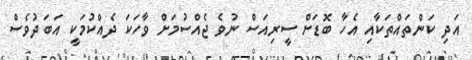
އަދި ކަންތައްތަކާއި އެހާ ބޮޑަށް ސީރިއަސް ނުވެ ޖެއްސުމަށް ވާހަކަ ދެއްކުމަކީ އަބަދުވެސް